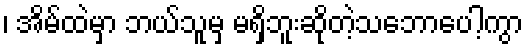
၊ အိမ်ထဲမှာ ဘယ်သူမှ မရှိဘူးဆိုတဲ့သဘောပေါ့ကွာ